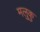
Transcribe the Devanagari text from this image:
मलुकु